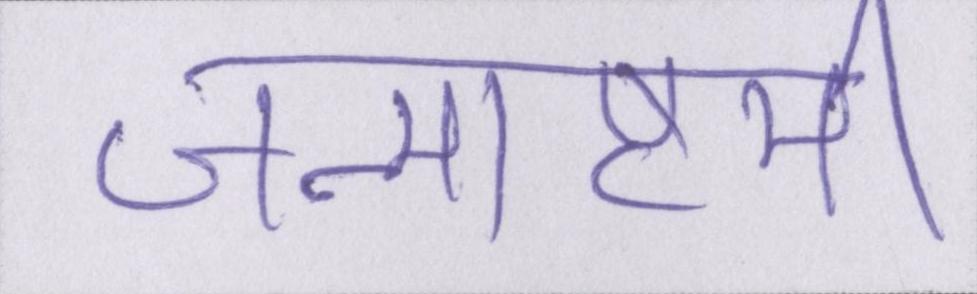
जन्माष्टमी